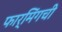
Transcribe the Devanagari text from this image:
फार्मिंगची